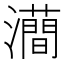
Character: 𤃦